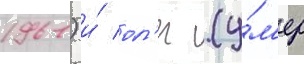
1961) и́ ол'ег (у́м'ер